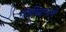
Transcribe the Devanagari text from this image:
गोष्टींबद्दलली